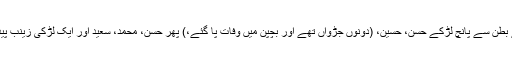
اس کے بطن سے پانچ لڑکے حسن، حسین، (دونوں جڑواں تھے اور بچپن میں وفات پا گئے،) پھر حسن، محمد، سعید اور ایک لڑکی زینب پیدا ہوئیں۔